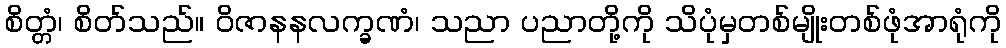
စိတ္တံ၊ စိတ်သည်။ ဝိဇာနနလက္ခဏံ၊ သညာ ပညာတို့ကို သိပုံမှတစ်မျိုးတစ်ဖုံအာရုံကို